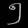
Digit: ၅